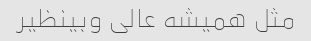
مثل همیشه عالی وبینظیر